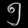
Digit: ၅